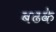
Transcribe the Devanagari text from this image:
बढके